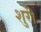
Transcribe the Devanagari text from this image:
शुरी